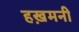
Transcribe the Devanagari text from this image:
हख़मनी